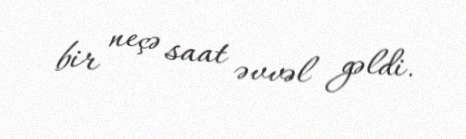
bir neçə saat əvvəl gəldi.